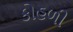
કોહળી